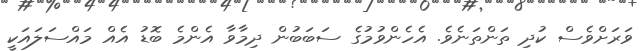
ވަރަށްވެސް ކުދި ތަންތަނެވެ. އެހެންވުމުގެ ސަބަބުން ދިމާވާ އެންމެ ބޮޑު އެއް މައްސަލައަކީ